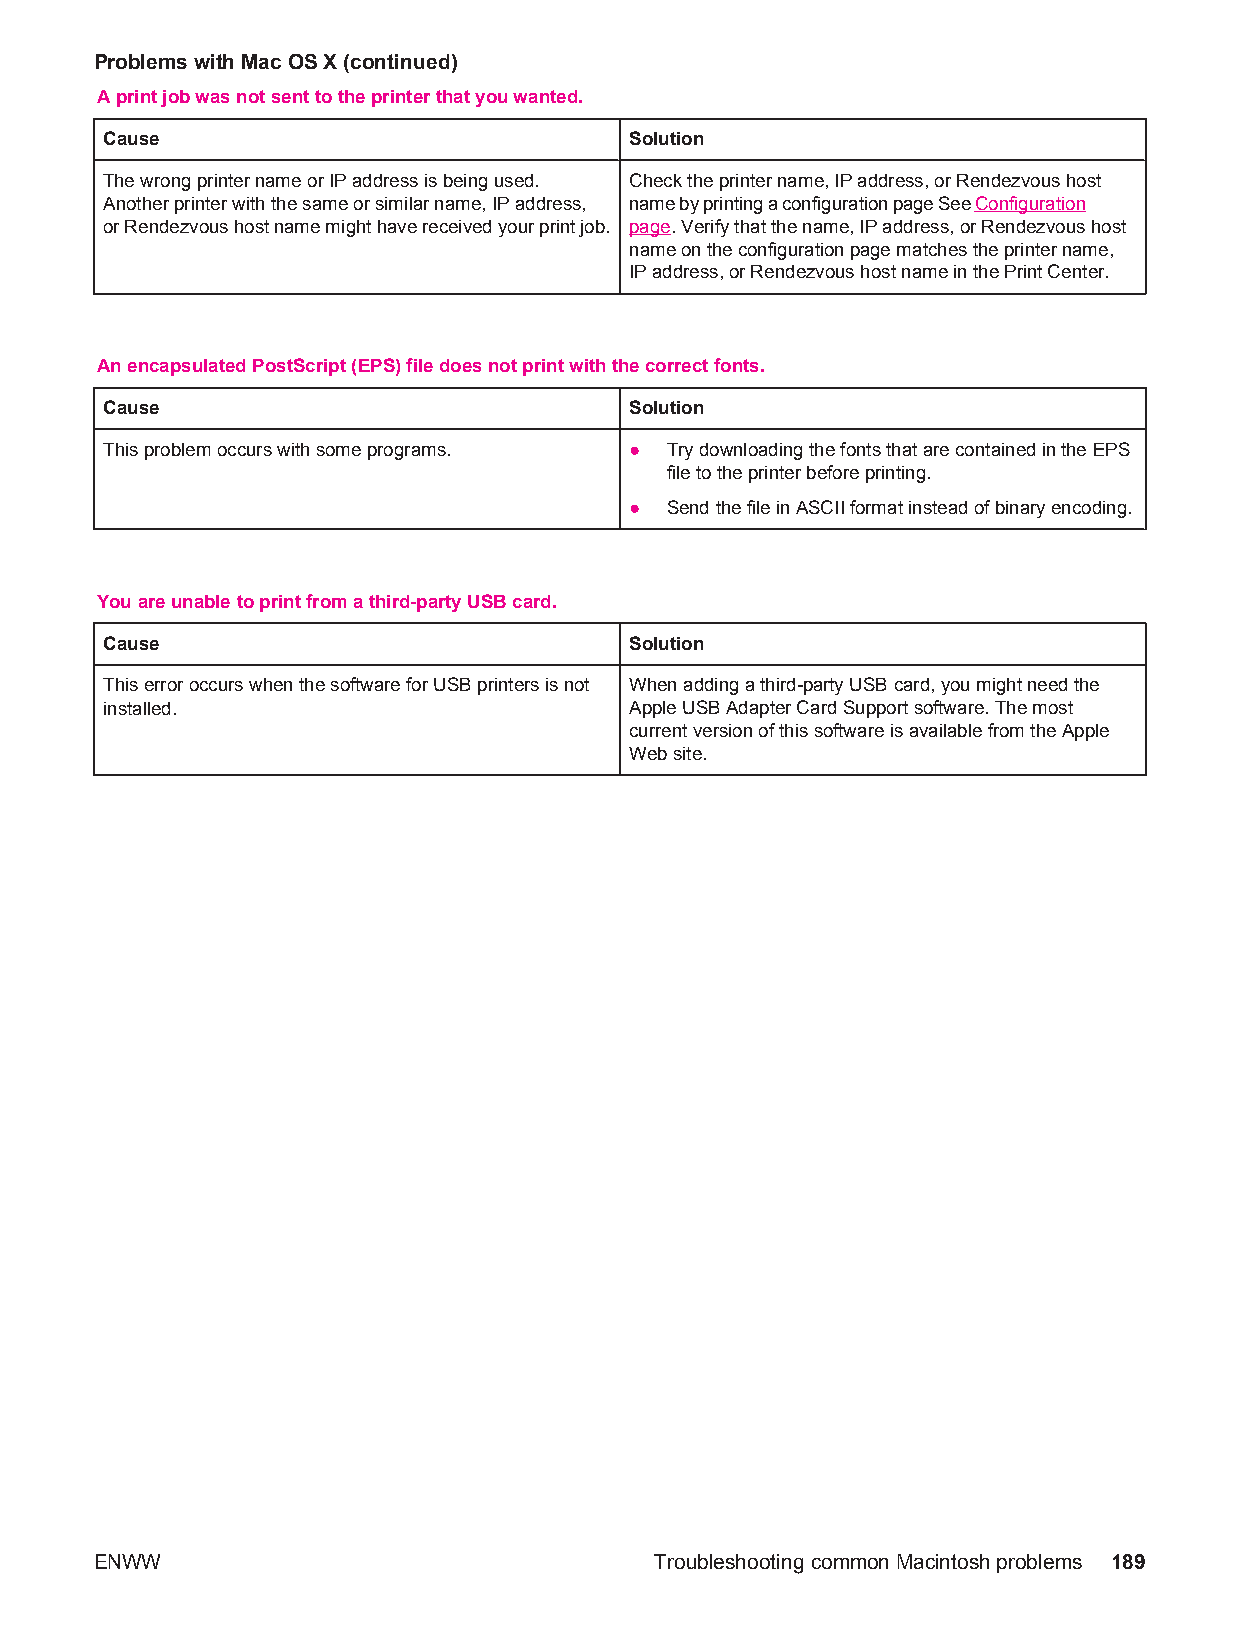
Problems with Mac OS X (continued)
 A print job was not sent to the printer that you wanted.
 Cause                              Solution
 The wrong printer name or IP address is being used. Check the printer name, IP address, or Rendezvous host
 Another printer with the same or similar name, IP address, name by printing a configuration page See Configuration
 or Rendezvous host name might have received your print job. page. Verify that the name, IP address, or Rendezvous host
 name on the configuration page matches the printer name,
 IP address, or Rendezvous host name in the Print Center.
 An encapsulated PostScript (EPS) file does not print with the correct fonts.
 Cause                              Solution
 This problem occurs with some programs. ● Try downloading the fonts that are contained in the EPS
 file to the printer before printing.
 ● Send the file in ASCII format instead of binary encoding.
 You are unable to print from a third-party USB card.
 Cause                              Solution
 This error occurs when the software for USB printers is not When adding a third-party USB card, you might need the
 installed.                         Apple USB Adapter Card Support software. The most
 current version of this software is available from the Apple
 Web site.
 ENWW                                 Troubleshooting common Macintosh problems 189